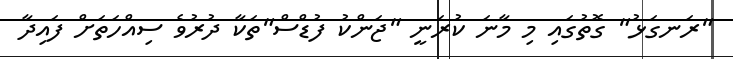
"ރަނގަޅު" ގޮތުގައި މި މާނަ ކުރަނީ "ޖަންކު ފުޑްސް"ތަކާ ދުރުވެ ސިއްހަތަށް ފައިދާ